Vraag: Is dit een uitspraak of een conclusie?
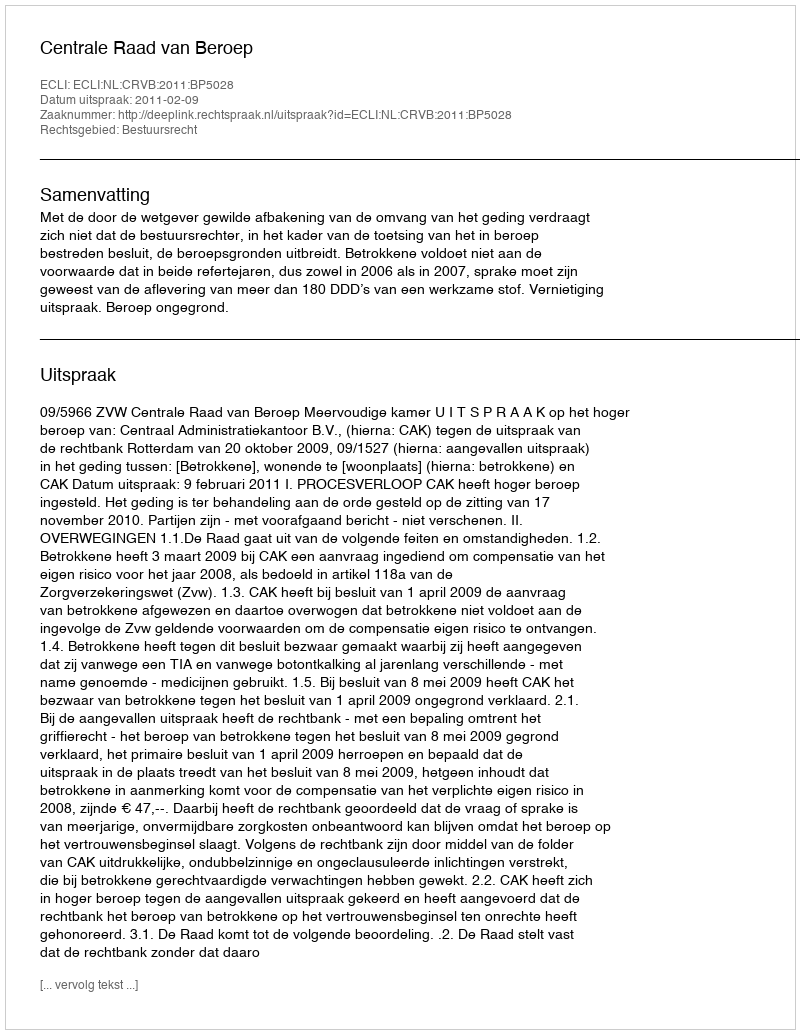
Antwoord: Uitspraak